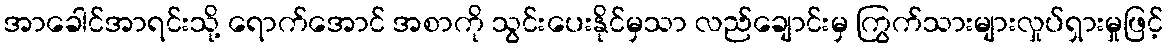
အာခေါင်အာရင်းသို့ ရောက်အောင် အစာကို သွင်းပေးနိုင်မှသာ လည်ချောင်းမှ ကြွက်သားများလှုပ်ရှားမှုဖြင့်